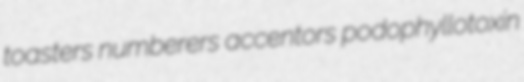
toasters numberers accentors podophyllotoxin